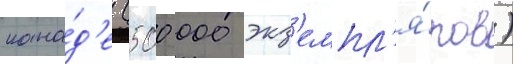
кана́д'е (500 000 экз'емпл'я́ров)